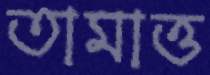
তামাত্ত